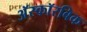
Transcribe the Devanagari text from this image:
अॅस्कॉरबिक